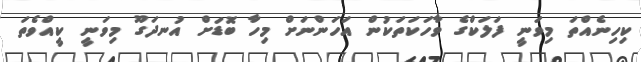
ކިހިނެއްތަ މިވަނީ ފަލަކްގެ ވާހަކަތަކުން އަހަންނަށް މިހާ ބޮޑަށް އުނދަގޫ މިވަނީ ކީއްވެތަ